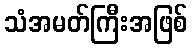
သံအမတ်ကြီးအဖြစ်